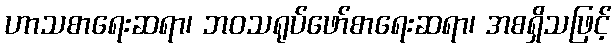
ဟာသစာရေးဆရာ၊ ဘဝသရုပ်ဖော်စာရေးဆရာ၊ အစရှိသဖြင့်